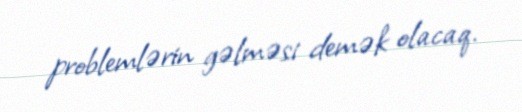
problemlərin gəlməsi demək olacaq.